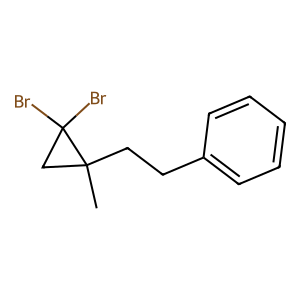
SMILES: CC1(CCc2ccccc2)CC1(Br)Br
Inhibits HIV replication: No